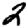
Digit: 2